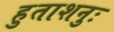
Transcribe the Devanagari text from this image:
हुताशनुः